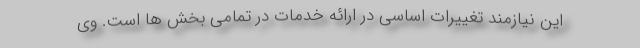
این نیازمند تغییرات اساسی در ارائه خدمات در تمامی بخش ها است. وی